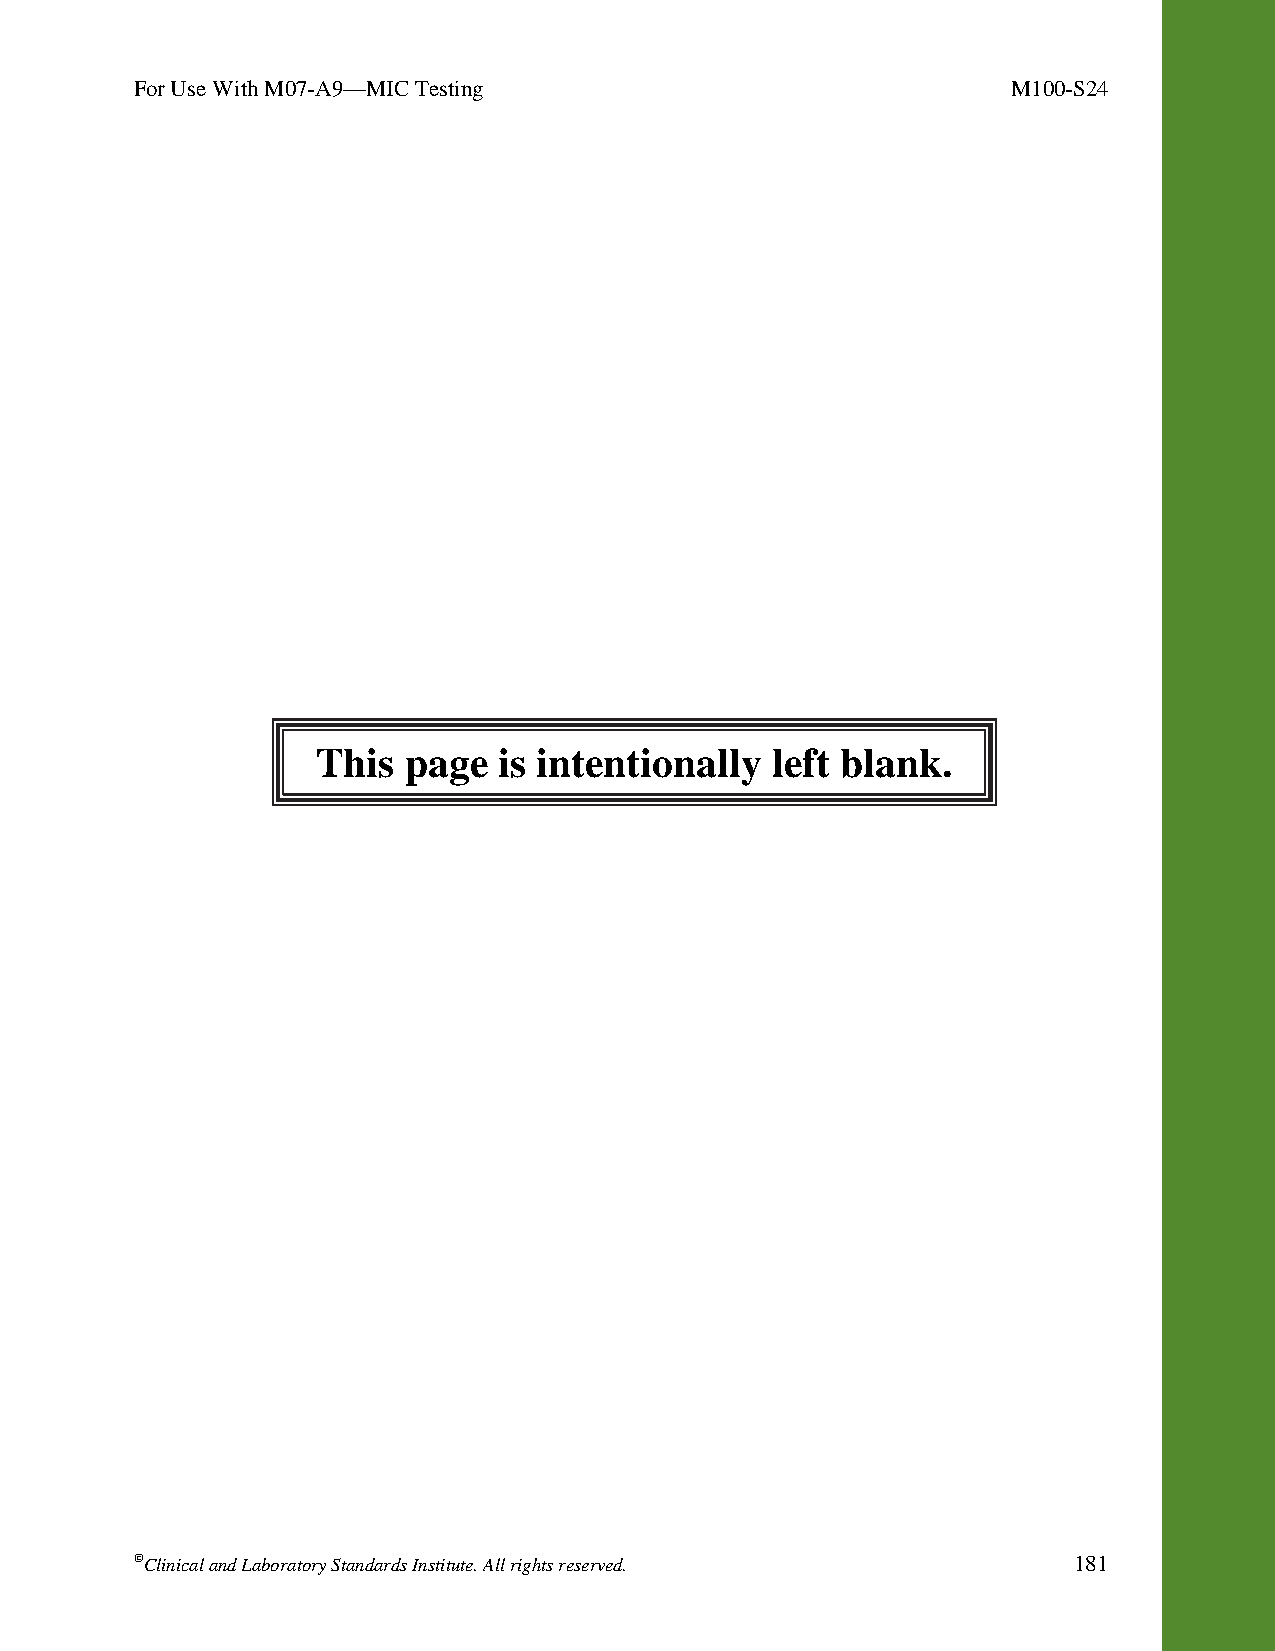
For Use With M07-A9—MIC Testing                           M100-S24
 This  page  is intentionally  left blank.
 Clinical and Laboratory Standards Institute. All rights reserved. 181
 Thisdocumentisprotectedbycopyright.
 PublishedOn1/1/2014.